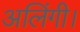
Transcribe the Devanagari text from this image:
अलिंगी।